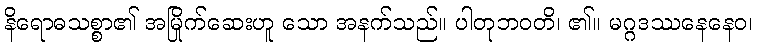
နိရောဓသစ္စာ၏ အမြိုက်ဆေးဟူ သော အနက်သည်။ ပါတုဘဝတိ၊ ၏။ မဂ္ဂဒဿနေနေဝ၊